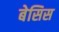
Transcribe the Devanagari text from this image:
बेसिस